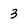
Character: 3